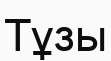
Тұзы